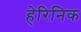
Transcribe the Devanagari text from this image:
हेरिनिक